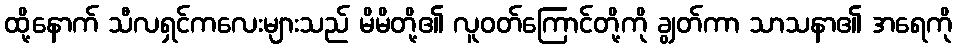
ထို့နောက် သီလရှင်ကလေးများသည် မိမိတို့၏ လူဝတ်ကြောင်တို့ကို ချွတ်ကာ သာသနာ၏ အရေကို